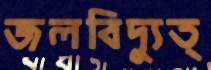
জলবিদ্যুত্